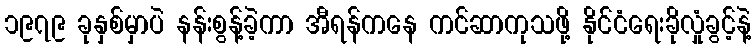
၁၉၇၉ ခုနှစ်မှာပဲ နန်းစွန့်ခဲ့ကာ အီရန်ကနေ ကင်ဆာကုသဖို့ နိုင်ငံရေးခိုလှုံခွင့်နဲ့